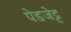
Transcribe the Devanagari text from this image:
पेडजेट्ट